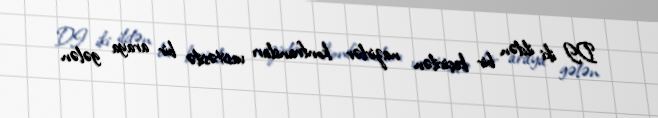
DI iki ildən bir keçirilən nazirlər konfransları vasitəsilə bir araya gələn